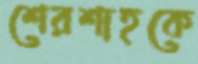
শেরশাহকে